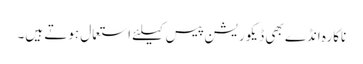
ناکارہ انڈے بھی ڈیکوریشن پیس کیلئے استعمال ہوتے ہیں۔